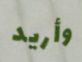
وأريد